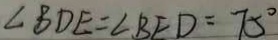
\angle B D E = \angle B E D = 7 5 ^ { \circ }